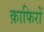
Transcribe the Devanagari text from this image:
क़ाफिरों